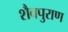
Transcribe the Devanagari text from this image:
शैवपुराण